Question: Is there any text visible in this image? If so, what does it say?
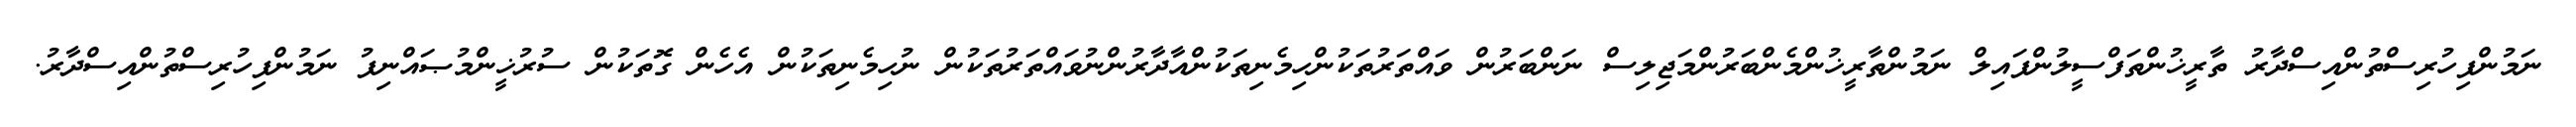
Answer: ނަމުންފިހުރިސްތުންއިސްދާރު ތާރީޚުންތަފްސީލުންފައިލް ނަމުންތާރީޚުންމެންބަރުންމަޖިލިސް ނަންބަރުން ވައްތަރުތަކުންހިމެނިތަކުންއާދާރުންނުވައްތަރުތަކުން ނުހިމެނިތަކުން އެހެން ގޮތަކުން ސުރުޚީންމުޞައްނިފު ނަމުންފިހުރިސްތުންއިސްދާރު.